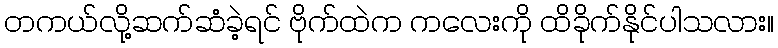
တကယ်လို့ဆက်ဆံခဲ့ရင် ဗိုက်ထဲက ကလေးကို ထိခိုက်နိုင်ပါသလား။